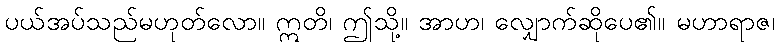
ပယ်အပ်သည်မဟုတ်လော။ ဣတိ၊ ဤသို့။ အာဟ၊ လျှောက်ဆိုပေ၏။ မဟာရာဇ၊